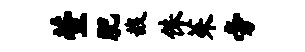
萱肥哉侏茱旁